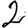
Digit: 2